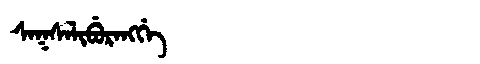
Manchu: ᠰᠠᡴᠰᠠᠯᡳᠪᡠᡵᠠᠩᡤᡝ
Romanization: SAKSALIBURANGGE